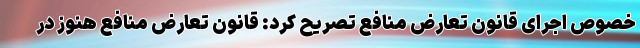
خصوص اجرای قانون تعارض منافع تصریح کرد: قانون تعارض منافع هنوز در